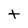
Character: t